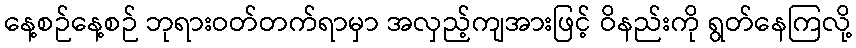
နေ့စဉ်နေ့စဉ် ဘုရားဝတ်တက်ရာမှာ အလှည့်ကျအားဖြင့် ဝိနည်းကို ရွတ်နေကြလို့